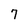
Character: 7